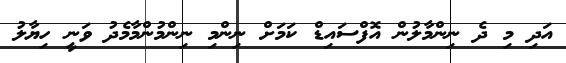
އަދި މި ދެ ނިންމާލުން އޮފްސައިޑް ކަމަށް ނިންމި ނިންމުންމާމެދު ވަނީ ހިޔާލު